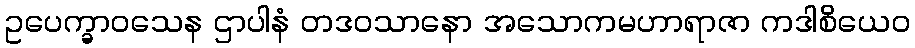
ဥပေက္ခာဝသေန ဌာပါနံ တဒဝသာနော အသောကမဟာရာဇာ ကဒါစိယေဝ